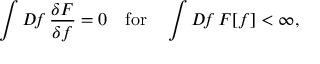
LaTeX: \int D \! f \, \frac { \delta F } { \delta f } = 0 ~ ~ ~ \mathrm { f o r } ~ ~ ~ \int D \! f \, F [ f ] < \infty ,